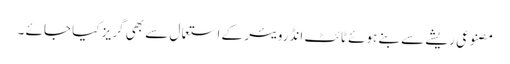
مصنوعی ریشے سے بنے ہوئے ٹائٹ انڈرویئر کے استعما ل سے بھی گریز کیا جائے ۔